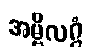
အမ္ဗိလဂ္ဂံ